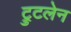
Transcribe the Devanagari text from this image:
ट्रुटलेन